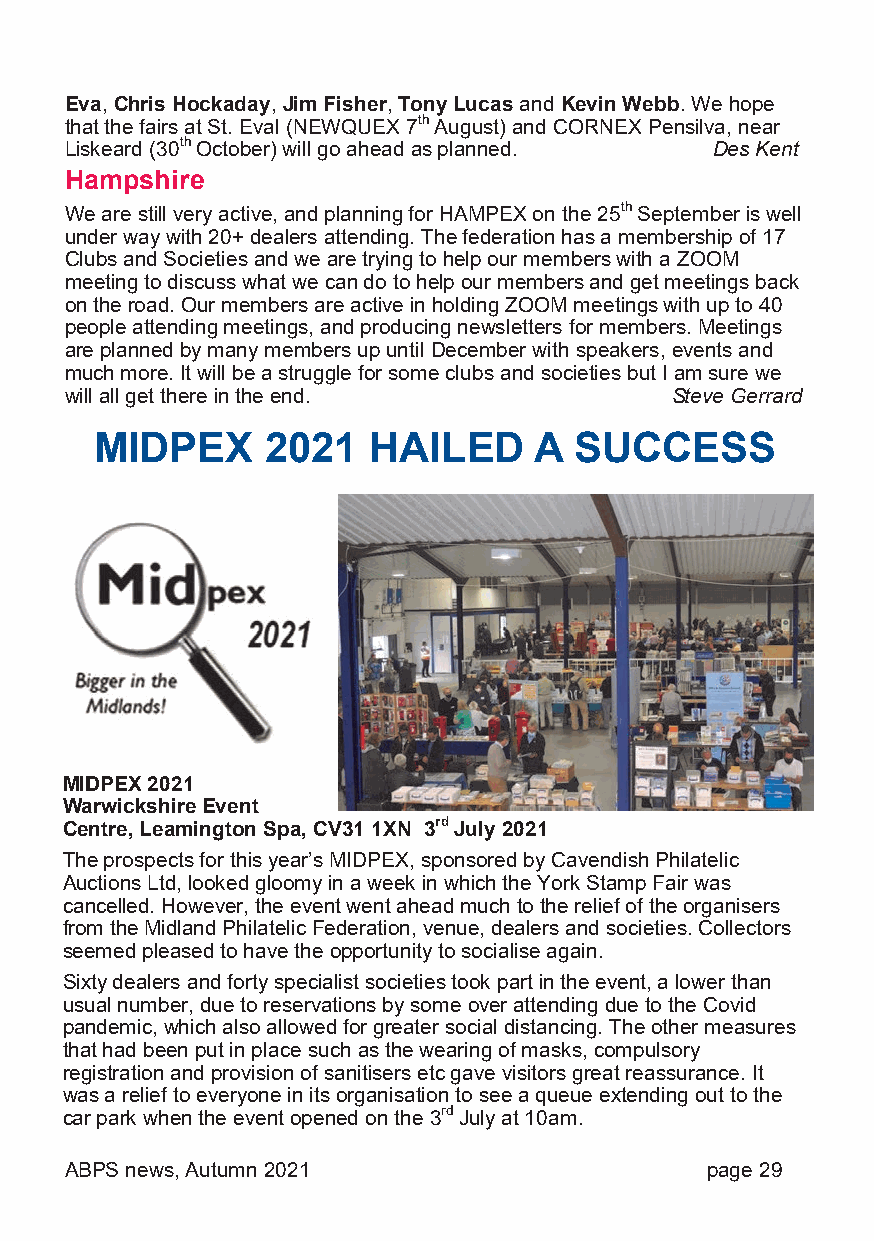
Eva, Chris Hockaday, Jim Fisher, Tony Lucas and Kevin Webb. We hope
 that the fairs at St. Eval (NEWQUEX 7th August) and CORNEX Pensilva, near
 Liskeard (30th October) will go ahead as planned. Des Kent
 Hampshire
 We are still very active, and planning for HAMPEX on the 25th September is well
 under way with 20+ dealers attending. The federation has a membership of 17
 Clubs and Societies and we are trying to help our members with a ZOOM
 meeting to discuss what we can do to help our members and get meetings back
 on the road. Our members are active in holding ZOOM meetings with up to 40
 people attending meetings, and producing newsletters for members. Meetings
 are planned by many members up until December with speakers, events and
 much more. It will be a struggle for some clubs and societies but I am sure we
 will all get there in the end.          Steve Gerrard
 MIDPEX      2021  HAILED     A  SUCCESS
 MIDPEX 2021
 Warwickshire Event
 Centre, Leamington Spa, CV31 1XN 3rd July 2021
 The prospects for this year’s MIDPEX, sponsored by Cavendish Philatelic
 Auctions Ltd, looked gloomy in a week in which the York Stamp Fair was
 cancelled. However, the event went ahead much to the relief of the organisers
 from the Midland Philatelic Federation, venue, dealers and societies. Collectors
 seemed pleased to have the opportunity to socialise again.
 Sixty dealers and forty specialist societies took part in the event, a lower than
 usual number, due to reservations by some over attending due to the Covid
 pandemic, which also allowed for greater social distancing. The other measures
 that had been put in place such as the wearing of masks, compulsory
 registration and provision of sanitisers etc gave visitors great reassurance. It
 was a relief to everyone in its organisation to see a queue extending out to the
 car park when the event opened on the 3rd July at 10am.
 ABPS news, Autumn 2021                     page 29